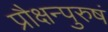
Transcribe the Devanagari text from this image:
प्रौक्षन्पुरुषं